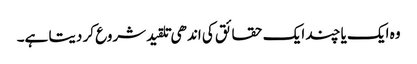
وہ ایک یا چند ایک حقائق کی اندھی تلقید شروع کر دیتا ہے۔